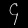
Digit: ၄